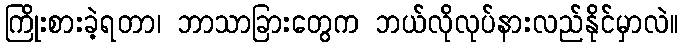
ကြိုးစားခဲ့ရတာ၊ ဘာသာခြားတွေက ဘယ်လိုလုပ်နားလည်နိုင်မှာလဲ။